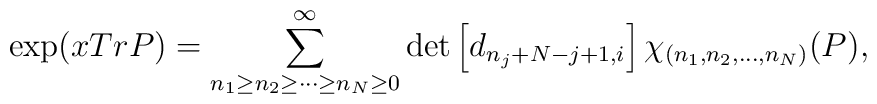
\exp (x Tr P)=\sum_{n_{1} \geq n_{2} \geq \cdots \geq n_{N} \geq 0}^{\infty}\det\left[d_{n_{j}+N-j+1,i}\right] \chi_{(n_{1}, n_{2},\ldots, n_{N})}(P) ,